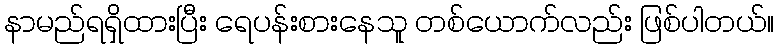
နာမည်ရရှိထားပြီး ရေပန်းစားနေသူ တစ်ယောက်လည်း ဖြစ်ပါတယ်။